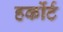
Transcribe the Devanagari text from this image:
हर्कोर्ट